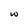
Character: w